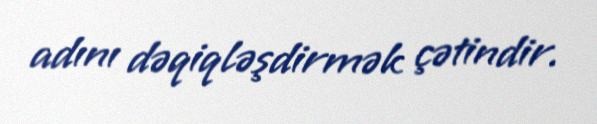
adını dəqiqləşdirmək çətindir.